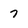
Character: 7